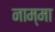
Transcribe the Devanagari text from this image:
नाम्मा